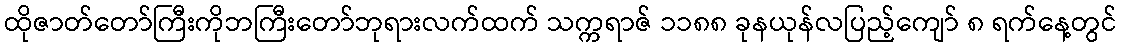
ထိုဇာတ်တော်ကြီးကိုဘကြီးတော်ဘုရားလက်ထက် သက္ကရာဇ် ၁၁၈၈ ခုနယုန်လပြည့်ကျော် ၈ ရက်နေ့တွင်